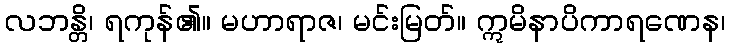
လဘန္တိ၊ ရကုန်၏။ မဟာရာဇ၊ မင်းမြတ်။ ဣမိနာပိကာရဏေန၊